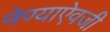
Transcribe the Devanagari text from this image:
नेण्याऐवजी